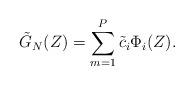
LaTeX: \begin{align*} \tilde G_N(Z)=\sum_{m=1}^P \tilde c_i \Phi_i(Z). \end{align*}